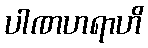
ပါဏဟရာဟိ